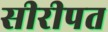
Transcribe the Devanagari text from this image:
सीरीपत